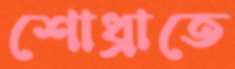
শোধ্‌রাতে